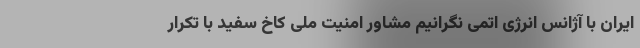
ایران با آژانس انرژی اتمی نگرانیم مشاور امنیت ملی کاخ سفید با تکرار